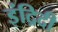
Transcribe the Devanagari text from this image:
इंद्रिदी